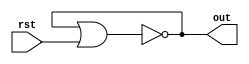
`timescale 1ns/1ns
module ring_osc #(parameter N_I = 5, DELAY = 2)(input rst, output out);
	wire [N_I:0] w;
	genvar k;
	generate 
		for (k = 0; k < N_I; k = k + 1) begin: gates
			not #(DELAY) nott(w[k + 1], w[k]);
		end
	endgenerate
	
	assign w[0] = w[N_I] | rst;
	
	assign out = w[N_I];
endmodule